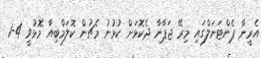
އެރީނާ ޕެންޓަނަލްގައި މިރޭ ޖަޕާނާ ދެކޮޅަށް ކުޅުނު މެޗުން ކޮލަމްބިއާ މޮޅުވީ 4-1